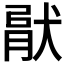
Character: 𤟶